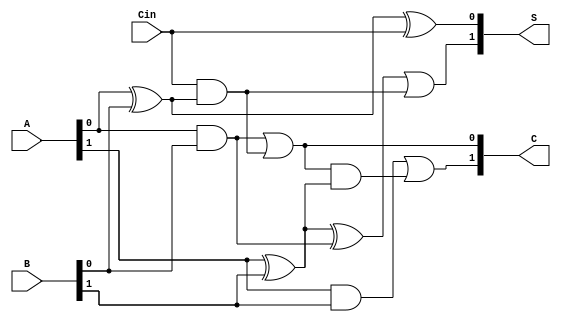
module DynamicCarrySaveAdder (
    input [1:0] A,      // First operand
    input [1:0] B,      // Second operand
    input Cin,          // Carry input
    output [1:0] S,     // Sum output
    output [1:0] C      // Carry output
);
    wire [1:0] sum;     // Intermediate sum
    wire [1:0] carry;   // Intermediate carry

    // Partial sum calculation using XOR gates
    assign sum[0] = A[0] ^ B[0] ^ Cin;       // S0 = A0 XOR B0 XOR Cin
    assign sum[1] = A[1] ^ B[1] ^ (A[0] & B[0]) | (Cin & (A[0] ^ B[0])); // S1 = A1 XOR B1 XOR (A0 AND B0) XOR (Cin AND (A0 XOR B0))

    // Carry generation using AND gates
    assign carry[0] = A[0] & B[0] | (Cin & (A[0] ^ B[0])); // C0 = A0 AND B0 + (Cin AND (A0 XOR B0))
    assign carry[1] = A[1] & B[1] | (carry[0] & (A[1] ^ B[1])); // C1 = A1 AND B1 + (C0 AND (A1 XOR B1))

    // Assign outputs
    assign S = sum;
    assign C = carry;

endmodule